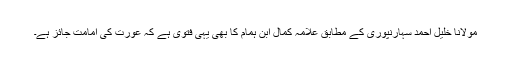
مولانا خلیل احمد سہارنپوری کے مطابق علامہ کمال ابن ہمام کا بھی یہی فتویٰ ہے کہ عورت کی امامت جائز ہے۔